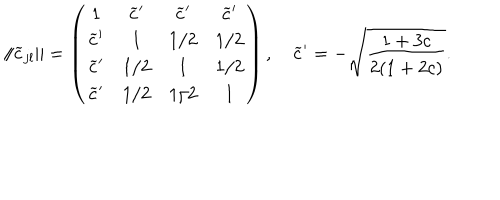
LaTeX: \| \widetilde { c } _ { j l } \| = \left( \begin{array} { c c c c } { { 1 } } & { { \widetilde { c } ^ { \prime } } } & { { \widetilde { c } ^ { \prime } } } & { { \widetilde { c } ^ { \prime } } } \\ { { \widetilde { c } ^ { \prime } } } & { { 1 } } & { { 1 / 2 } } & { { 1 / 2 } } \\ { { \widetilde { c } ^ { \prime } } } & { { 1 / 2 } } & { { 1 } } & { { 1 / 2 } } \\ { { \widetilde { c } ^ { \prime } } } & { { 1 / 2 } } & { { 1 / 2 } } & { { 1 } } \\ \end{array} \right) , \quad \widetilde { c } ^ { \prime } = - \sqrt { \frac { 1 + 3 c } { 2 ( 1 + 2 c ) } } .